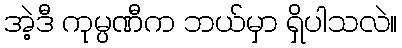
အဲ့ဒီ ကုမ္ပဏီက ဘယ်မှာ ရှိပါသလဲ။